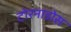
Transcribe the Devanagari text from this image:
टोरनाडोस